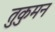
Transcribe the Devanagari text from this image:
तुकुमन